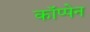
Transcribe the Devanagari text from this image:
कॉप्पेन